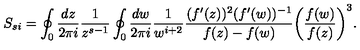
S _ { s i } = \oint _ { 0 } { \frac { d z } { 2 \pi i } } { \frac { 1 } { z ^ { s - 1 } } } \oint _ { 0 } { \frac { d w } { 2 \pi i } } { \frac { 1 } { w ^ { i + 2 } } } { \frac { ( f ^ { \prime } ( z ) ) ^ { 2 } ( f ^ { \prime } ( w ) ) ^ { - 1 } } { f ( z ) - f ( w ) } } \biggl ( { \frac { f ( w ) } { f ( z ) } } \biggr ) ^ { 3 } .